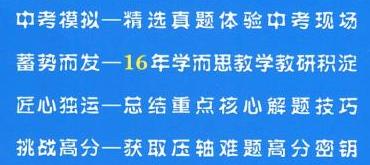
中考模拟一精选真题体验中考现场
蓄势而发—16年学而思教学教研积淀
匠心独运一总结重点核心解题技巧
挑战高分一获取压轴难题高分密钥